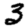
Digit: 3